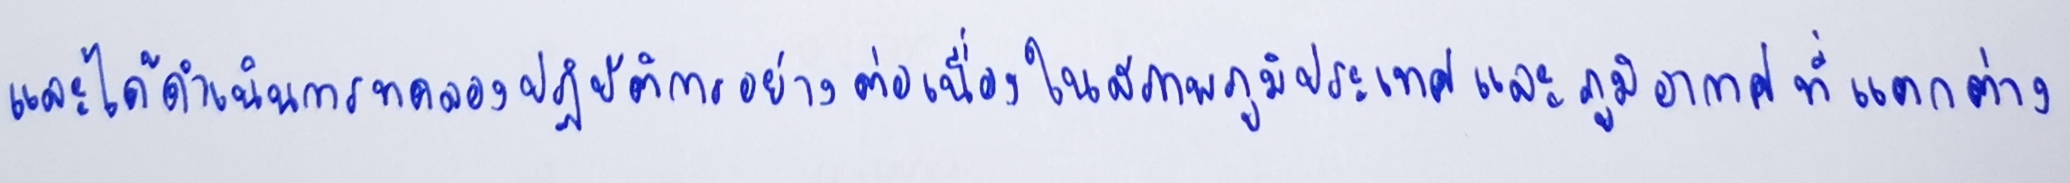
และได้ดำเนินการทดลองปฏิบัติการอย่างต่อเนื่องในสภาพภูมิประเทศและภูมิอากาศที่แตกต่าง